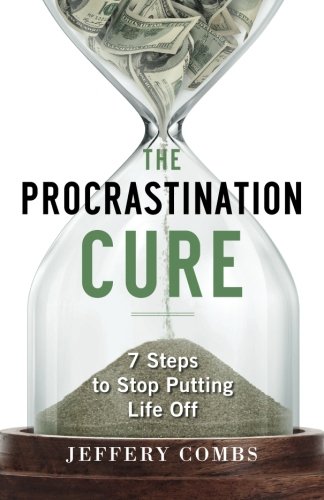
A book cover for The Procrastination Cure: 7 Steps To Stop Putting Life Off; Jeffery Combs; Self-Help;